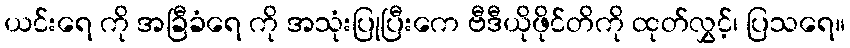
ယင်းရေ ကို အခြီခံရေ ကို အသုံးပြုပြီးကေ ဗီဒီယိုဖိုင်တိကို ထုတ်လွှင့်၊ ပြသရေ။